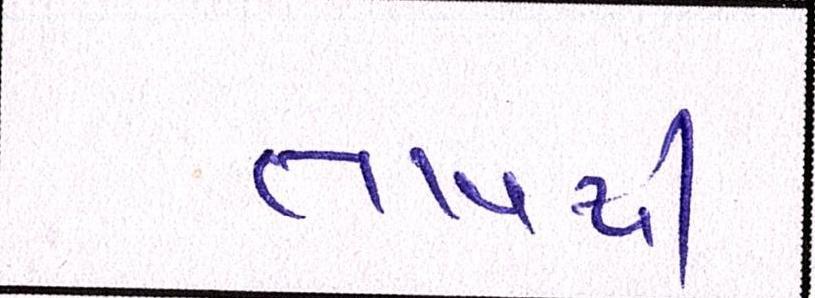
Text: તાવથી